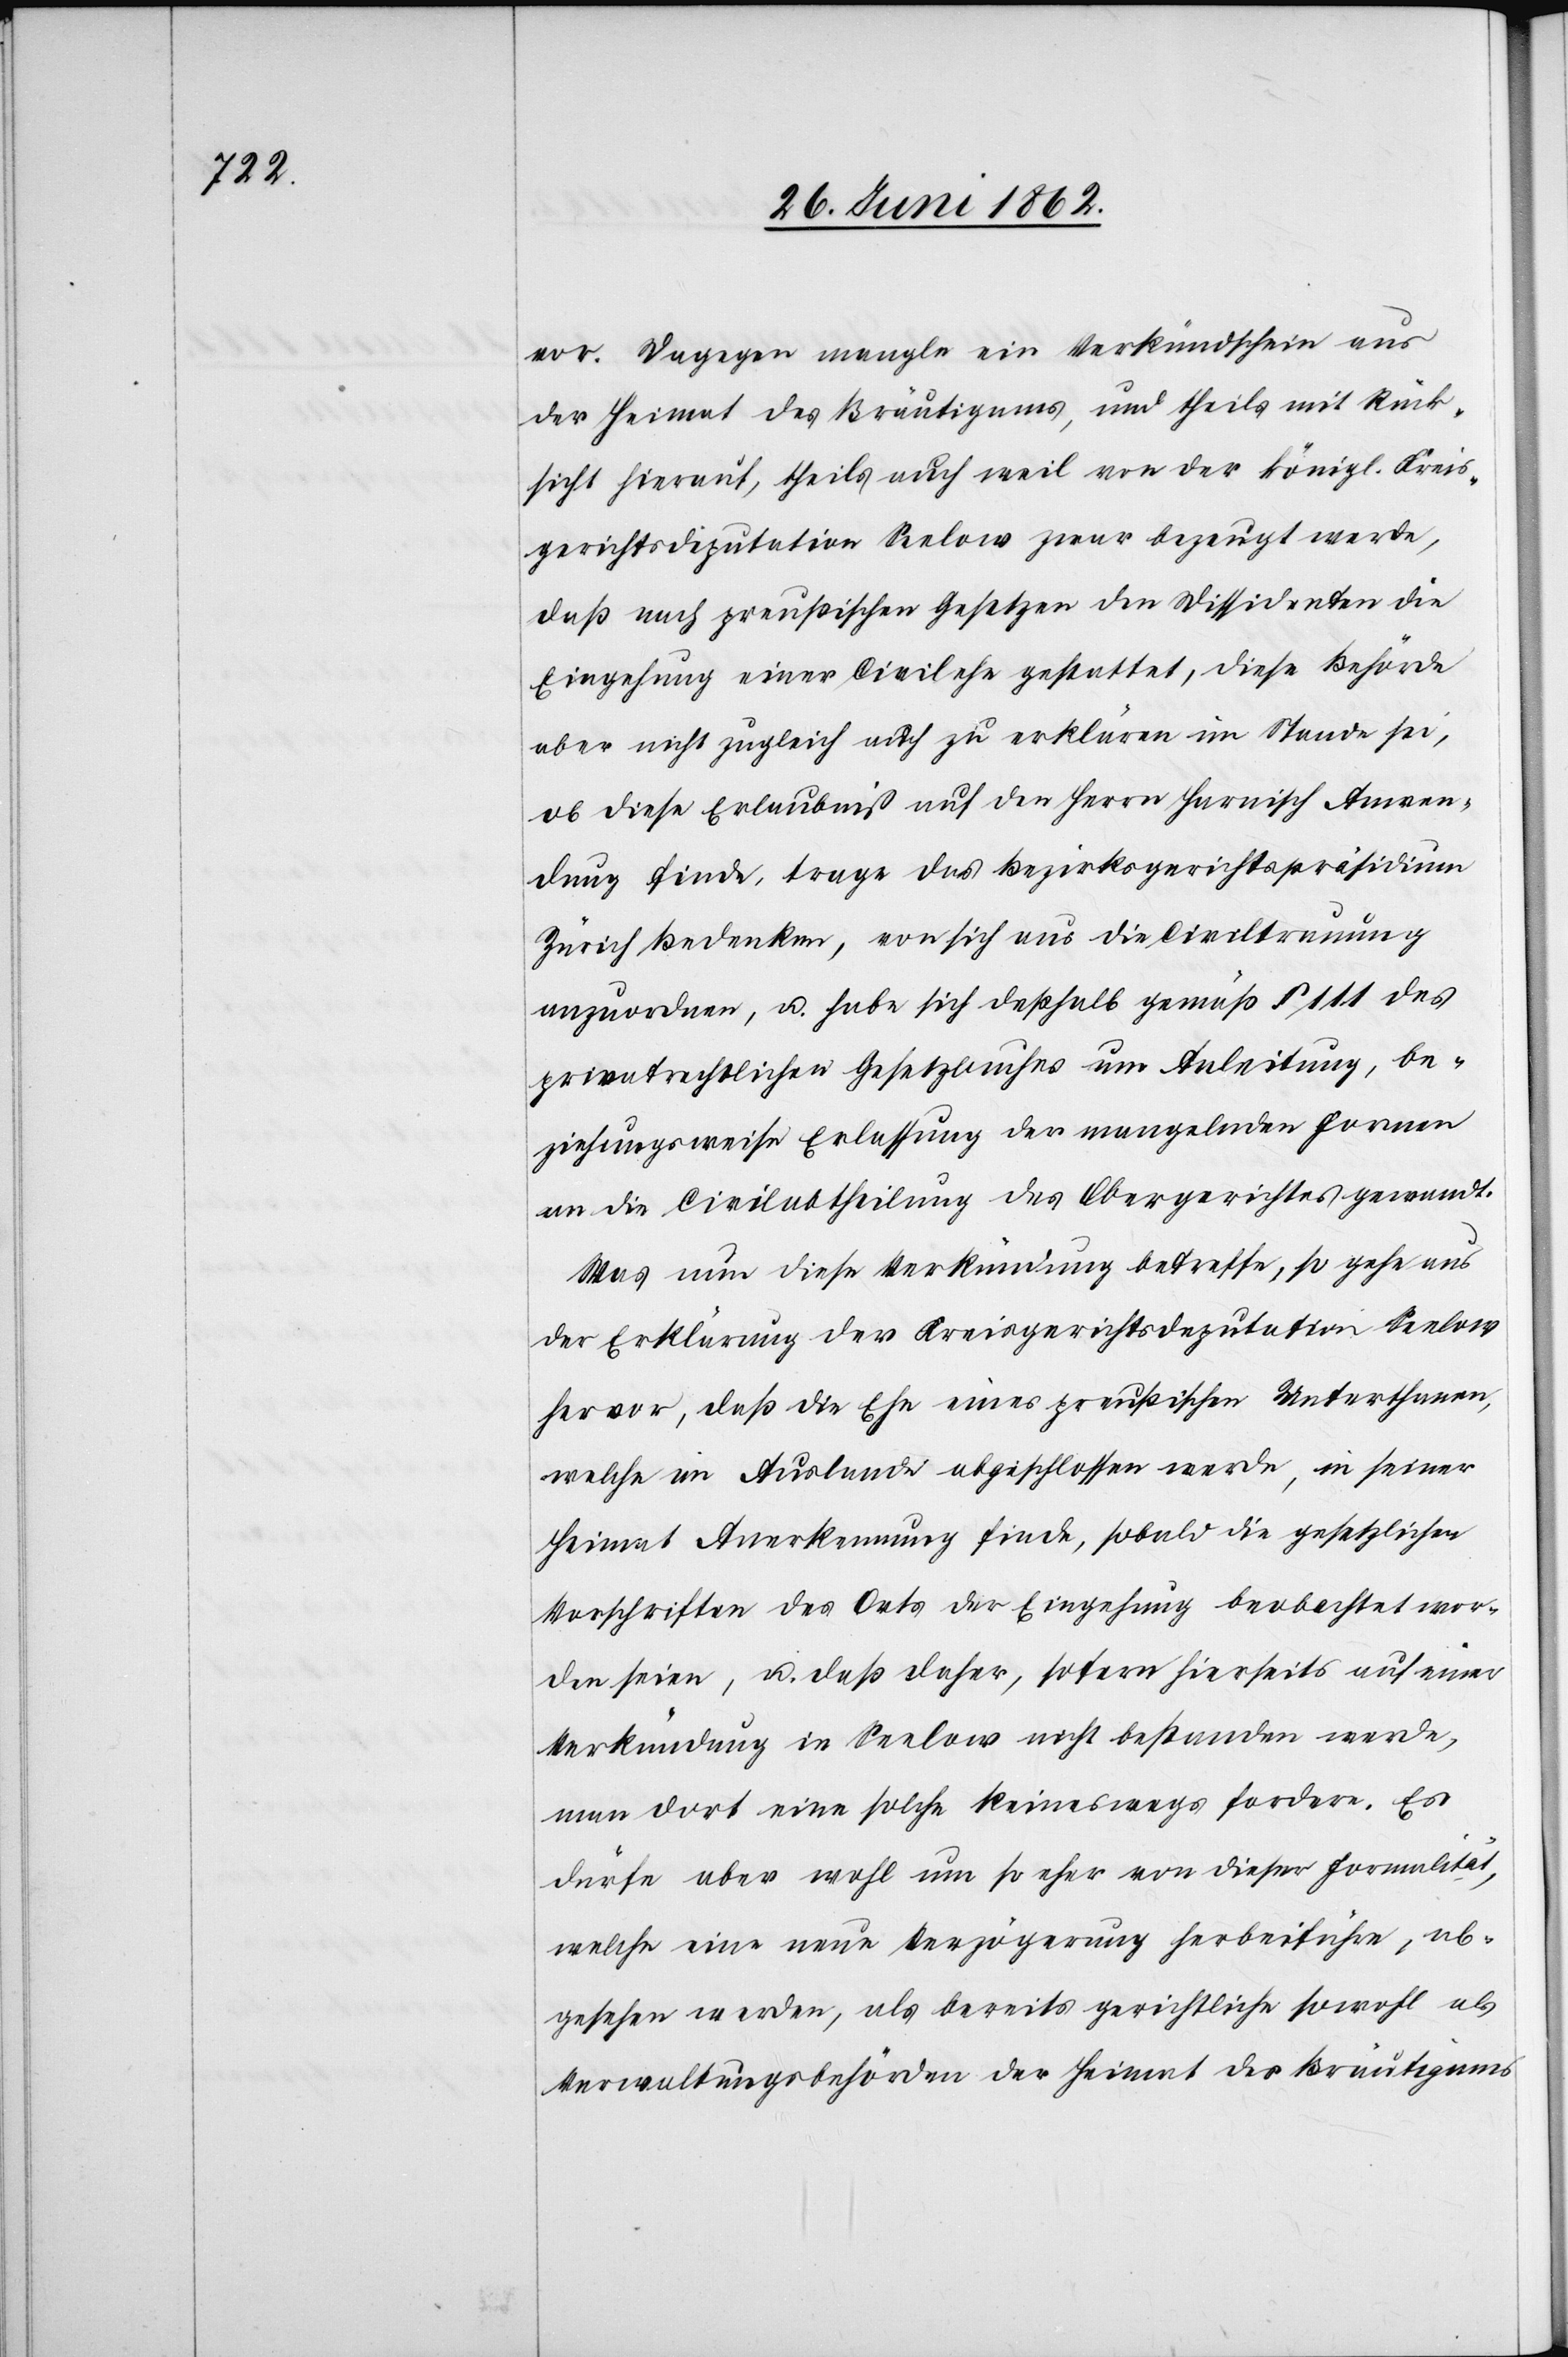
vor. Dagegen mangle ein Verkündschein aus
der Heimat des Bräutigams, und theils mit Rück¬
sicht hierauf, theils auch weil von der königl. Kreis¬
gerichtsdiputation Relons zwar bezeugt werde,
daß nach preußischen Gesetzen den Dissidenten die
Eingehung einer Civilehe gestattet, diese Behörde
aber nicht zugleicht auch zu erklären im Stande sei,
ob diese Erlaubniß auf den Herrn Harnisch Anwen¬
dung finde, trage das Bezirksgerichtspräsidium
Zürich Bedenken, von sich aus die Civiltrauung
anzuordnen, u. habe sich deßhalb gemäß § 111 des
privatrechtlichen Gesetzbuches um Anleitung, be¬
ziehungsweise Erlassung der mangelnden Formen
an die Civilabtheilung des Obergerichtes gewandt.
Was nun diese Verkündung betreffe, so gehe aus
der Erklärung der Kreisgerichtsdeputation Seelow
hervor, daß die Ehe eines preußischen Unterthanen,
welche im Auslande abgeschlossen werde, in seiner
Heimat Anerkennung finde, sobald die gesetzlichen
Vorschriften des Orts der Eingehung beobachtet wor¬
den seien, u. daß daher, sofern hierseits auf einer
Verkündung in Seelow nicht bestanden werde,
man dort eine solche keineswegs fordere. Es
dürfe aber wohl um so eher von dieser Formalität,
welche eine neue Verzögerung herbeiführe, ab¬
gesehen werden, als bereits gerichtliche sowohl als
Verwaltungsbehörden der Heimat des Bräutigams